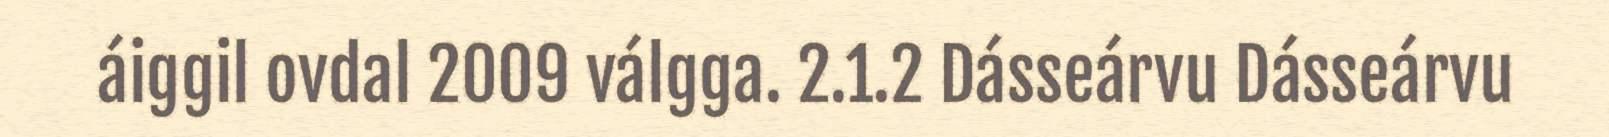
áiggil ovdal 2009 válgga. 2.1.2 Dásseárvu Dásseárvu